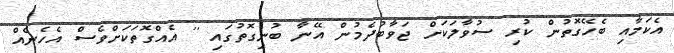
އެކަމާއި ބެހޭގޮތުން ކުރި ސުވާލަކަށް ޖަވާބުދެމުން އޭނާ ބުނިގޮތުގައި '' އެއްގޮތަކަށްވެސް އެހެނެއް